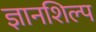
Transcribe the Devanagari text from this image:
ज्ञानशिल्प